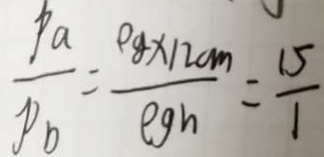
\frac { P a } { P _ { b } } = \frac { \rho g \times 1 2 c m } { \rho g h } = \frac { 1 5 } { 1 }